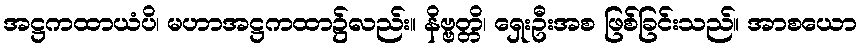
အဋ္ဌကထာယံပိ၊ မဟာအဋ္ဌကထာ၌လည်း။ နိဗ္ဗတ္တိ၊ ရှေးဦးအစ ဖြစ်ခြင်းသည်။ အာစယော